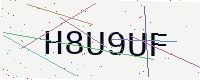
Text: H8U9UF